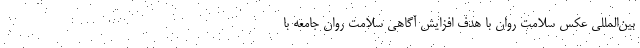
بین‌المللی عکس سلامت روان با هدف افزایش آگاهی سلامت روان جامعه با